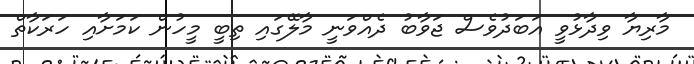
މާރިޔާ ވިދާޅުވީ އަބަދުވެސް ޖަވާބު ދެއްވަނީ މާލޭގައި ތިބީ މީހުން ކަމަށާއި ހަރަކާތް